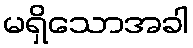
မရှိသောအခါ